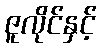
ဇူလိုင်နှင့်